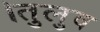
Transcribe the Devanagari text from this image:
।तुलुव